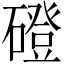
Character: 磴